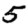
Digit: 5